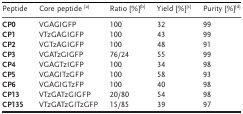
<table><thead><tr><td><b>Peptide</b></td><td><b>Core peptide <sup>[a]</sup></b></td><td><b>Ratio [%]<sup>[b]</sup></b></td><td><b>Yield [%]<sup>[c]</sup></b></td><td><b>Purity [%]<sup>[d]</sup></b></td></tr></thead><tbody><tr><td><b>CP0</b></td><td>VGAGIGFP</td><td>100</td><td>32</td><td>99</td></tr><tr><td><b>CP1</b></td><td>VTzGAGIGFP</td><td>100</td><td>43</td><td>99</td></tr><tr><td><b>CP2</b></td><td>VGTzAGIGFP</td><td>100</td><td>48</td><td>91</td></tr><tr><td><b>CP3</b></td><td>VGATzGIGFP</td><td>76/24</td><td>55</td><td>99</td></tr><tr><td><b>CP4</b></td><td>VGAGTzIGFP</td><td>100</td><td>34</td><td>98</td></tr><tr><td><b>CP5</b></td><td>VGAGITzGFP</td><td>100</td><td>58</td><td>93</td></tr><tr><td><b>CP6</b></td><td>VGAGIGTzFP</td><td>100</td><td>40</td><td>98</td></tr><tr><td><b>CP13</b></td><td>VTzGATzGIGFP</td><td>20/80</td><td>54</td><td>98</td></tr><tr><td><b>CP135</b></td><td>VTzGATzGITzGFP</td><td>15/85</td><td>39</td><td>97</td></tr></tbody></table>